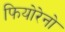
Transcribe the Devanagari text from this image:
फियोरेनो